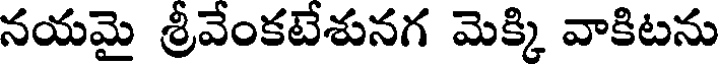
నయమై శ్రీవేంకటేశునగ మెక్కి వాకిటను